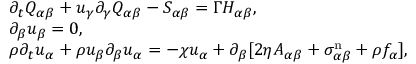
\begin{array} { r l } & { \partial _ { t } Q _ { \alpha \beta } + u _ { \gamma } \partial _ { \gamma } Q _ { \alpha \beta } - S _ { \alpha \beta } = \Gamma H _ { \alpha \beta } , } \\ & { \partial _ { \beta } u _ { \beta } = 0 , } \\ & { \rho \partial _ { t } u _ { \alpha } + \rho u _ { \beta } \partial _ { \beta } u _ { \alpha } = - \chi u _ { \alpha } + \partial _ { \beta } [ 2 \eta A _ { \alpha \beta } + \sigma _ { \alpha \beta } ^ { \mathrm { n } } + \rho f _ { \alpha } ] , } \end{array}